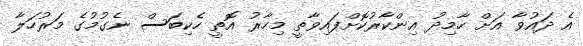
އެ ދައުވާ އަށް ހާމިދު އިންކާރުކޮށްފައިވާތީ މިހާރު އޮތީ ހެކިބަސް ނެގުމުގެ މަރުހަލާ